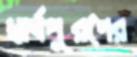
স্বার্থপূরণের